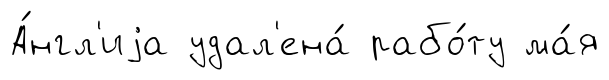
А́нгл'иjа удал'ена́ рабо́ту ма́я